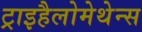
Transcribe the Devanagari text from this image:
ट्राइहैलोमेथेन्स